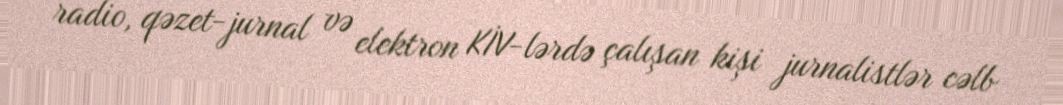
radio, qəzet-jurnal və elektron KİV-lərdə çalışan kişi jurnalistlər cəlb